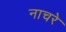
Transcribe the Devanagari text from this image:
नाचरे